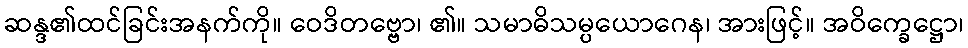
ဆန္ဒ၏ထင်ခြင်းအနက်ကို။ ဝေဒိတဗ္ဗော၊ ၏။ သမာဓိသမ္ပယောဂေန၊ အားဖြင့်။ အဝိက္ခေဋ္ဌော၊